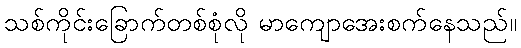
သစ်ကိုင်းခြောက်တစ်စုံလို မာကျောအေးစက်နေသည်။